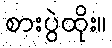
စားပွဲထိုး။